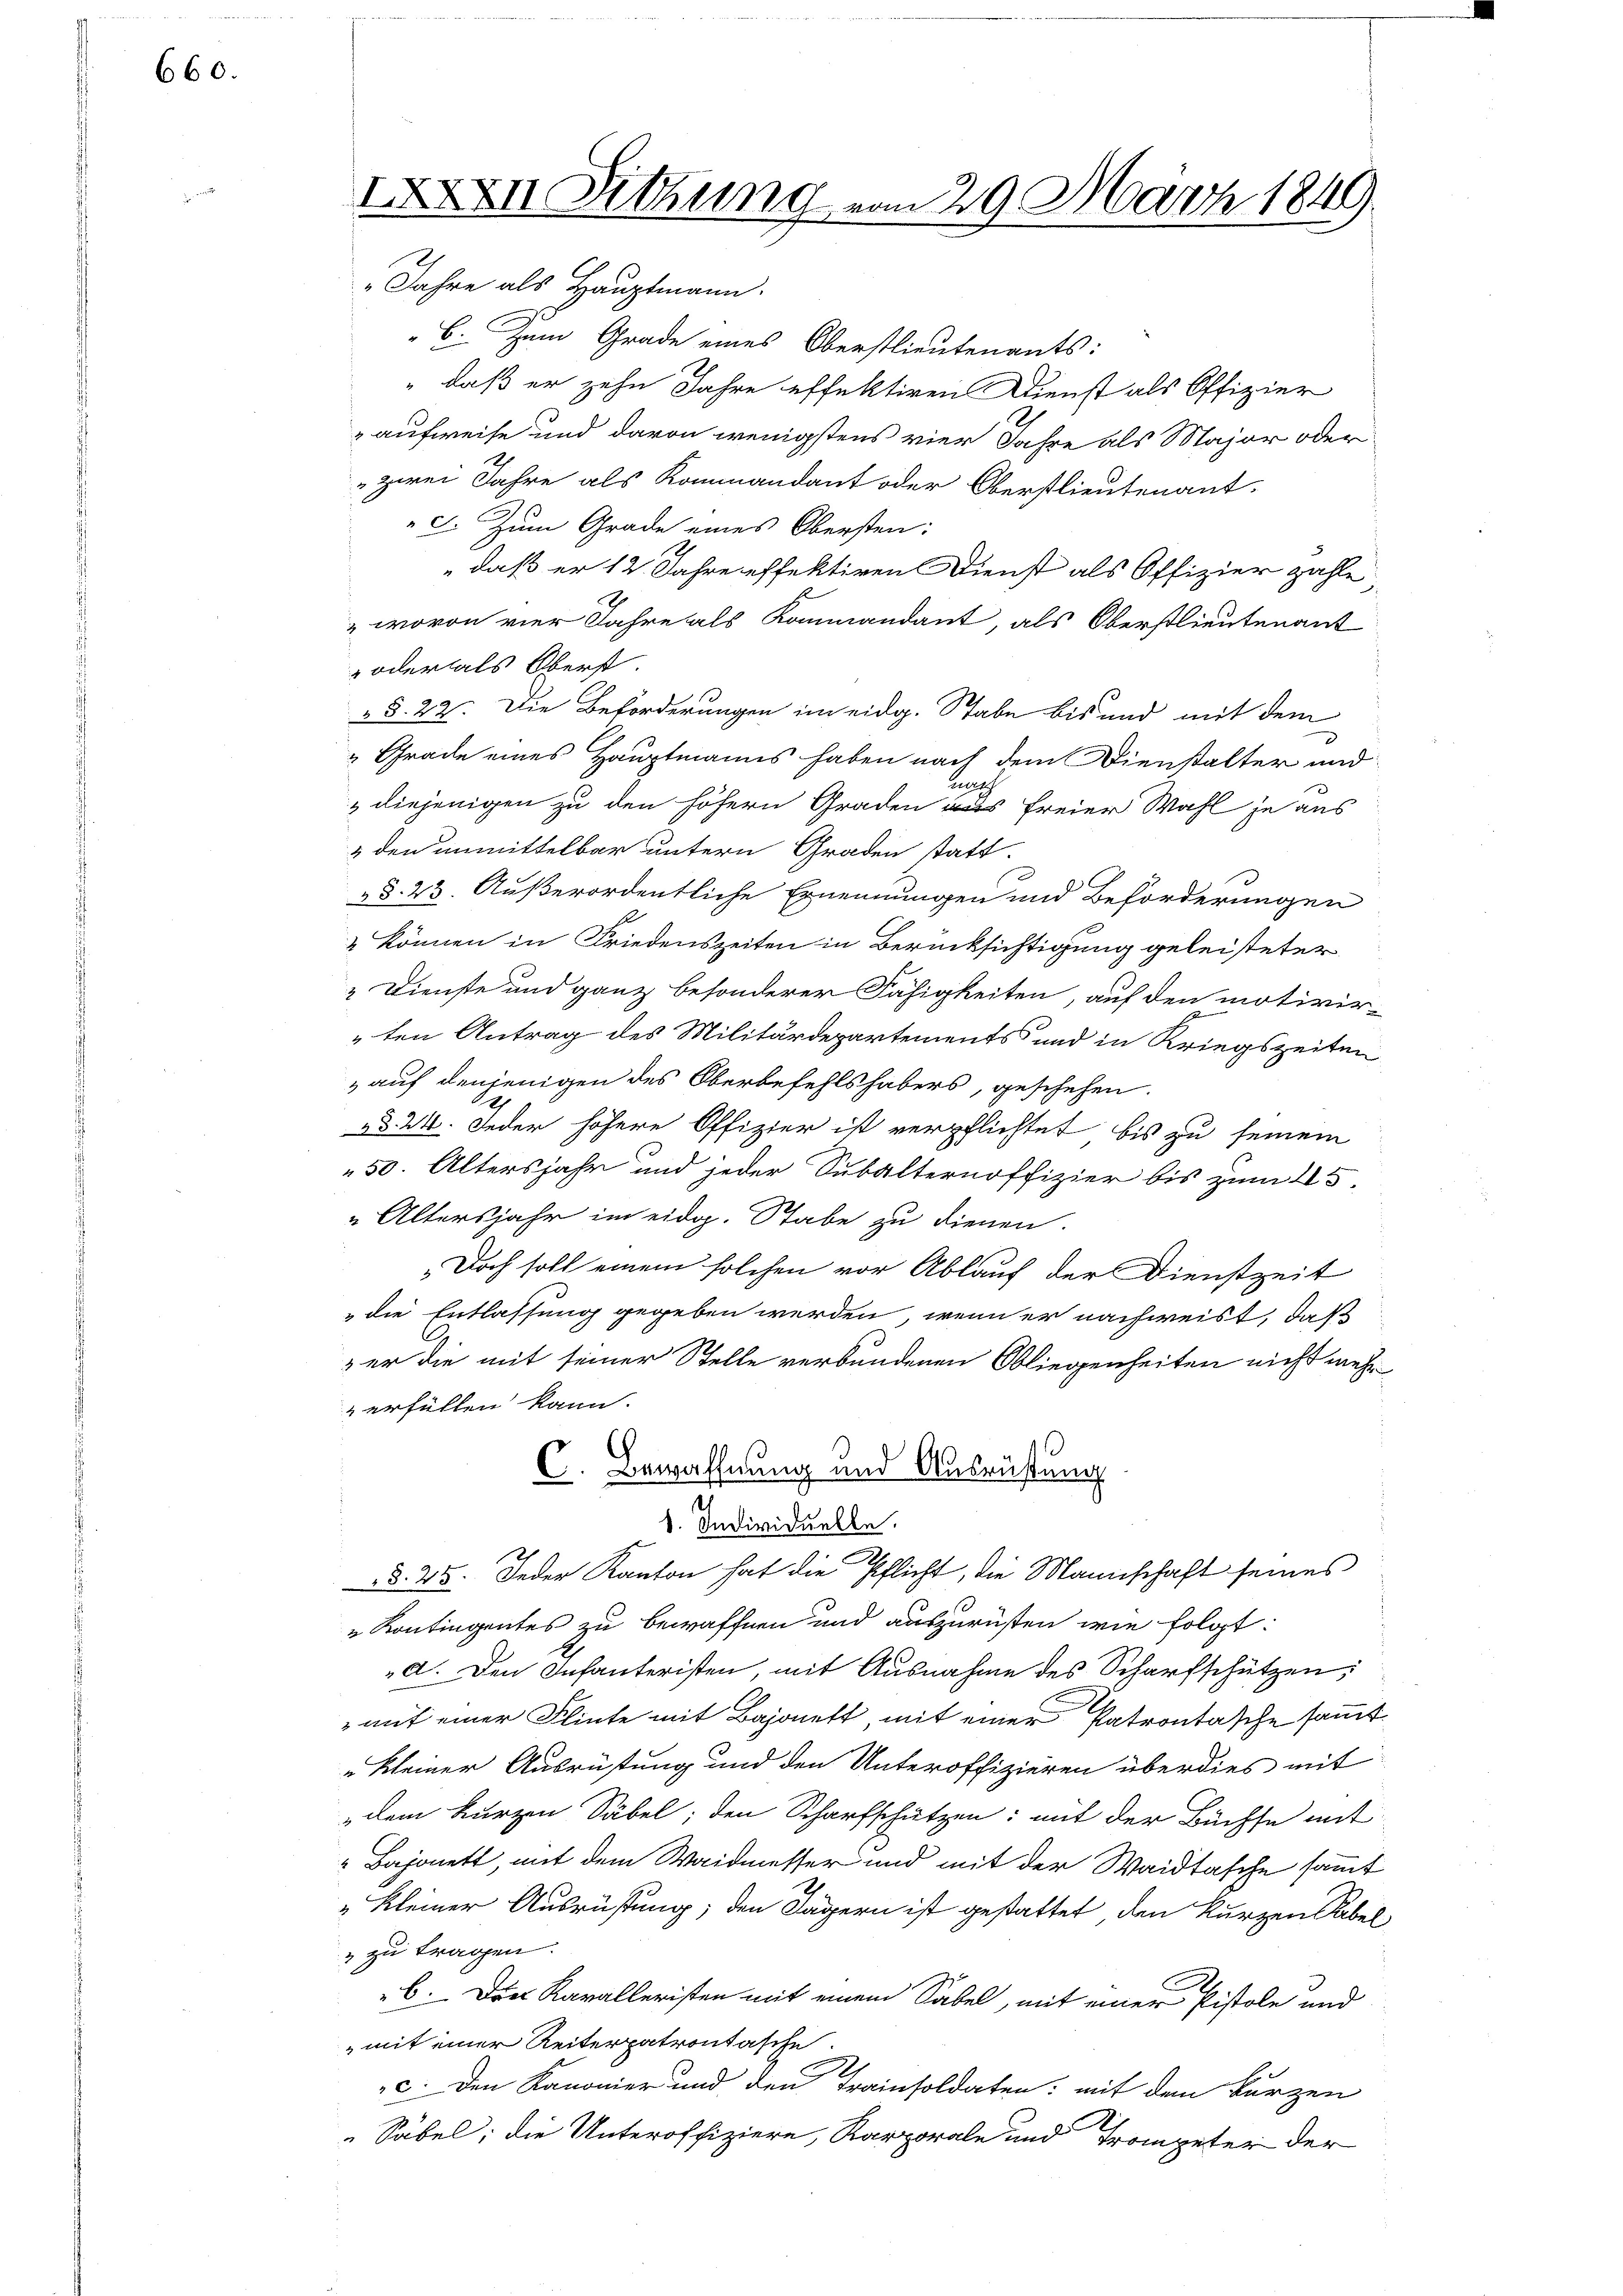
660.

"Jahre als Hauptmann.
C. Zum Grade eines Oberstlieutenants:
" daß er zehn Jahre effektiren Dienst als Offizier
aufweise und davon wenigstens vier Jahre als Major oder
zwei Jahre als Kommandant oder Oberstlieutenant.
C. Zum Grade eines Obersten:
daß er 12 Jahre effektiren Dienst als Offizier zahle
wovon vier Jahre als Kommandant, als Oberstlieutenant
oder als Oberst.
 §. 22. Die Beförderungen im eidg. Stabe bis und mit dem
 Grade eines Hauptmanns haben nach dem Dienstalter und
t.
diejenigen zu den höhern Graden aus freier Wahl je aus
& den unmittelbar untern Graden statt.
§§. 23. Außerordentliche Ernennungen und Beförderungen
 können in Friedenszeiten in Berücksichtigung geleisteter
Dienste und ganz besonderer Fähigkeiten, auf den motivirten Antrag des Militärdepartements und in Kriegszeiten
 auf denjenigen des Oberbefehlshabers, geschehen.
ad. 24. Jeder höhere Offizier ist verpflichtet bis zu seinem
50. Altersjahr und jeder Subalternoffizier bis zum 11.5.
„Altersjahr im eidg. Stabe zu dienen.
„Doch soll einem solchen vor Ablauf der Dienstzeit
die Entlassung gegeben werden, wenn er nachweist, daß
 er die mit seiner Stelle verbundenen Obliegenheiten nicht mehr
verfüllen kann.
C
C. Bewaffnung und Ausrüstung
1. Individuelle.
.
§. 25. Jeder Kanton hat die Pflicht, die Mannschaft seines
"Kontingentes zu bewaffnen und auszurüsten wie folgt:
a. Den Infanteristen, mit Ausnahme des Scharfschützen,
auf einer Flinte mit Bajonett, mit einer Patrontasche sammt
„Kleiner Ausrüstung und den Unteroffizieren überdies mit
dem kurzen Säbel; den Scharfschützen: mit der Büchse mit
Bajonett, mit dem Waidmesser und mit der Waidtasche sammt
„Kleiner Ausrüstung; den Lagern ist gestattet, den kurzen Sabel
& zu tragen.
6. Der Karalleristen mit einem Sabel, mit einer Pistole und
„mit einer Reiterpatrontasche.
c. Den Kanonier und den Trainsoldaten: mit dem kurzen
Säbel; die Unteroffiziere, Karporale und Trompeter der

IXXXII. Sitzung vom 29. März 1849.